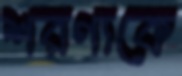
শরণ্যকে